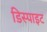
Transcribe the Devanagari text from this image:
डिस्पाइट